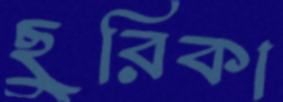
ছুরিকা